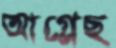
আগ্‌লেছ